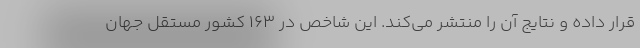
قرار داده و نتایج آن را منتشر می‌کند. این شاخص در ۱۶۳ کشور مستقل جهان